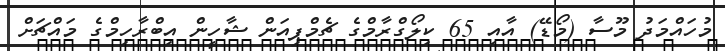
މުހައްމަދު މޫސާ (މޯޑޭ) އާއި 65 ކިލޯގްރާމްގެ ޗެމްޕިއަން ޝާހީން އިބްރާހިމްގެ މައްޗަށް